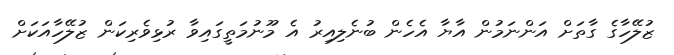
ޒުލޭހާގެ ގާތަށް އަންނަމުން އާޔާ އެހެން ބުނެލިއިރު އެ މޫނުމަތީގައިވާ ރުޅިވެރިކަން ޒުލޭހާއަކަށް